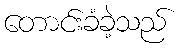
တောင်းခံခဲ့သည်